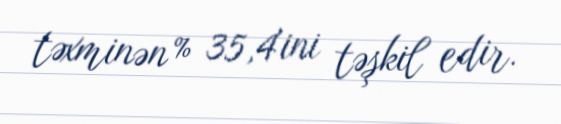
təxminən % 35,4'ini təşkil edir.